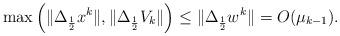
LaTeX: \begin{align*}\max\left(\|\Delta_{\frac{1}{2}}x^k\|,\|\Delta_{\frac{1}{2}}V_k\|\right)\le \|\Delta_{\frac{1}{2}}{w}^k\|=O(\mu_{k-1}).\end{align*}